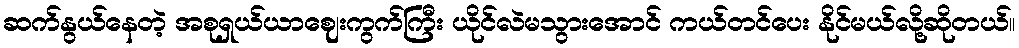
ဆက်နွယ်နေတဲ့ အစုရှယ်ယာဈေးကွက်ကြီး ယိုင်လဲမသွားအောင် ကယ်တင်ပေး နိုင်မယ်လို့ဆိုတယ်။